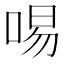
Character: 𠴭